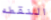
النقطه